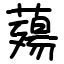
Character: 薚